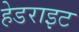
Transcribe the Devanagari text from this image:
हेडराइट